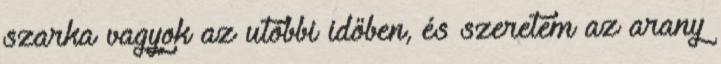
szarka vagyok az utóbbi időben, és szeretem az arany